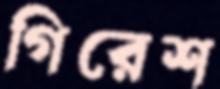
গিরেশ